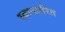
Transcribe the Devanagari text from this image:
स्थानतरित